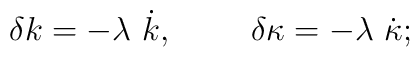
\delta k=-\lambda~\dot{k},~~~~~~~\delta\kappa=-\lambda~\dot{\kappa};